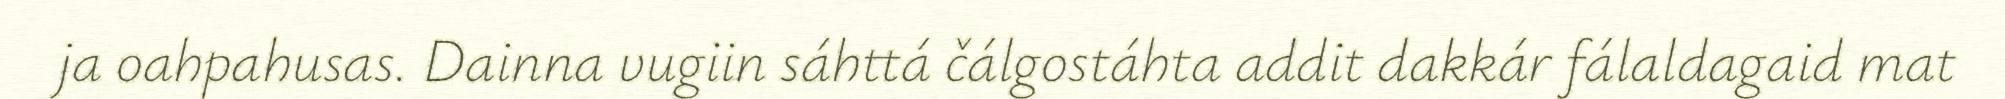
ja oahpahusas. Dainna vugiin sáhttá čálgostáhta addit dakkár fálaldagaid mat